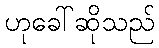
ဟုခေါ်ဆိုသည်